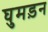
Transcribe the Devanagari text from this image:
घुमड़न